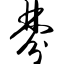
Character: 棼